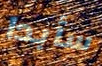
سأبدا